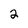
Character: 2